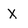
Character: x